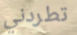
تطردني